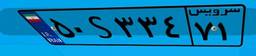
۵۰S۳۳۴۷۱